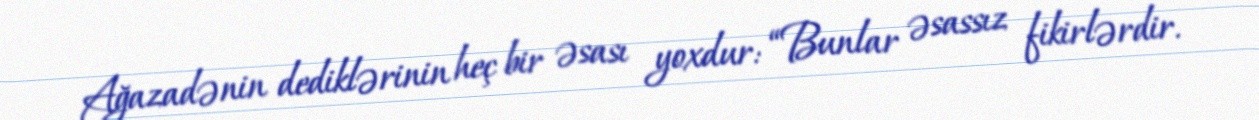
Ağazadənin dediklərinin heç bir əsası yoxdur: “Bunlar əsassız fikirlərdir.